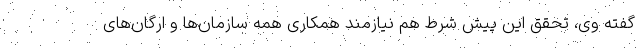
گفته وی، تحقق این پیش شرط هم نیازمند همکاری همه سازمان‌ها و ارگان‌های